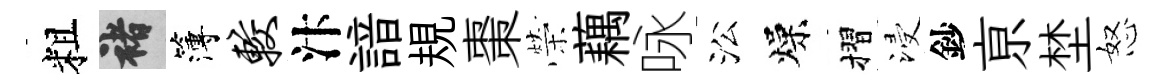
粗褚簿较汴諳規棗榮藕咏㳂燥摺浸鈔亰埜怒